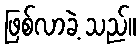
ဖြစ်လာခဲ့ သည်။